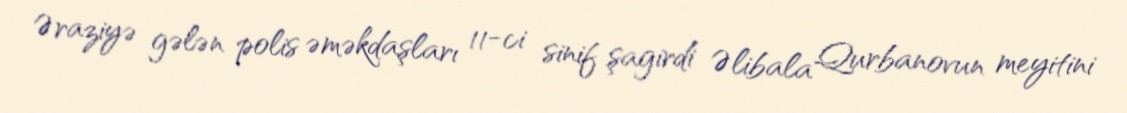
Əraziyə gələn polis əməkdaşları 11-ci sinif şagirdi Əlibala Qurbanovun meyitini